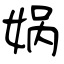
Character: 娲